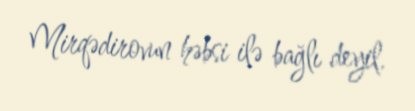
Mirqədirovun həbsi ilə bağlı deyil.